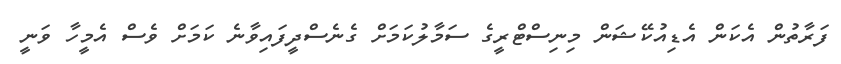
ފަރާތުން އެކަން އެޑިއުކޭޝަން މިނިސްޓްރީގެ ސަމާލުކަމަށް ގެނެސްދީފައިވާނެ ކަމަށް ވެސް އެމީހާ ވަނީ